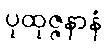
ပုထုဇ္ဇနာနံ